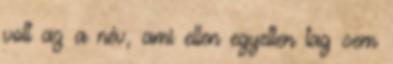
volt az a név, ami ellen egyetlen tag sem